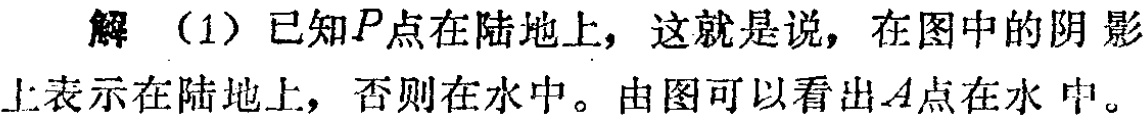
解（1）已知\(P\)点在陆地上，这就是说，在图中的阴影上表示在陆地上，否则在水中。由图可以看出\(A\)点在水中。